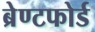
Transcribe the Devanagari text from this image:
ब्रेण्टफोर्ड